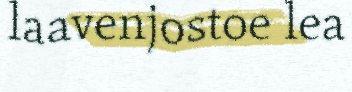
laavenjostoe lea